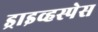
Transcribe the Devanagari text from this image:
ड्राइव्हस्पेस